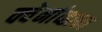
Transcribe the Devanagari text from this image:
क्वेर्नाव्हाका